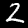
Label: 2